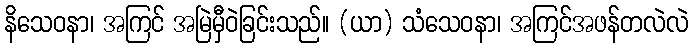
နိသေဝနာ၊ အကြင် အမြဲမှီဝဲခြင်းသည်။ (ယာ) သံသေဝနာ၊ အကြင်အဖန်တလဲလဲ